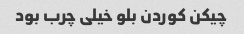
چیکن کوردن بلو خیلی چرب بود